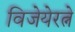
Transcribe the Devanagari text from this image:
विजेयेरत्ने